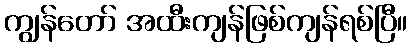
ကျွန်တော် အထီးကျန်ဖြစ်ကျန်ရစ်ပြီ။